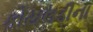
કોયલડીના